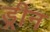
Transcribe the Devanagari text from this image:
ड्रीन